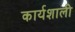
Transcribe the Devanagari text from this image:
कार्यशाली